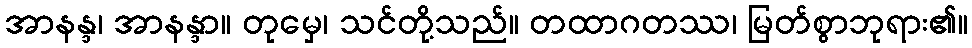
အာနန္ဒ၊ အာနန္ဒာ။ တုမှေ၊ သင်တို့သည်။ တထာဂတဿ၊ မြတ်စွာဘုရား၏။